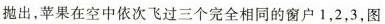
抛出，苹果在空中依次飞过三个完全相同的窗户1，2，3，图